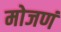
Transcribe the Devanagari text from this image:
मोजणं